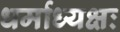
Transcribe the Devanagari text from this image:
धर्माध्यक्षः